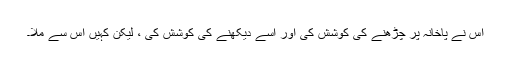
اس نے پاخانہ پر چڑھنے کی کوشش کی اور اسے دیکھنے کی کوشش کی ، لیکن کہیں اس سے ملا۔